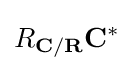
R_{\mathbf {C/R} }{\mathbf {C} }^{*}